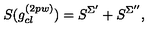
S ( g _ { c l } ^ { ( 2 p w ) } ) = S ^ { \Sigma ^ { \prime } } + S ^ { \Sigma ^ { \prime \prime } } ,